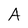
Character: A